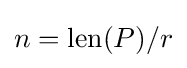
n={\text{len}}(P)/r